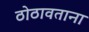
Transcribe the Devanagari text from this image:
ठोठावताना